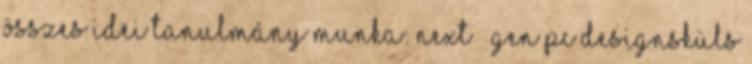
összes idei tanulmány munka: Next – Gen Pc DesignsKüls